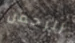
الرحمن